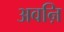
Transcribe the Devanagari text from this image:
अवऩि